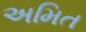
અમિત